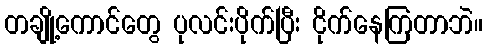
တချို့ကောင်တွေ ပုလင်းပိုက်ပြီး ငိုက်နေကြတာဘဲ။